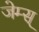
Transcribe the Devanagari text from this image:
जेम्स्